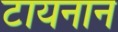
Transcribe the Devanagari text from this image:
टायनान